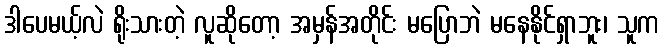
ဒါပေမယ့်လဲ ရိုးသားတဲ့ လူဆိုတော့ အမှန်အတိုင်း မပြောဘဲ မနေနိုင်ရှာဘူး၊ သူက